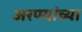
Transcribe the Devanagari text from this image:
अरण्यांच्या